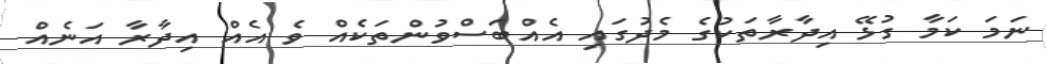
ނަމަ ކަމާ ގުޅޭ އިދާރާތަކުގެ މެދުގައި އެއްބަސްވުންތަކެއް ވެ އެއް އިދާރާ އަނެއް